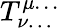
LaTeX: T_{\nu\dots}^{\mu\dots}